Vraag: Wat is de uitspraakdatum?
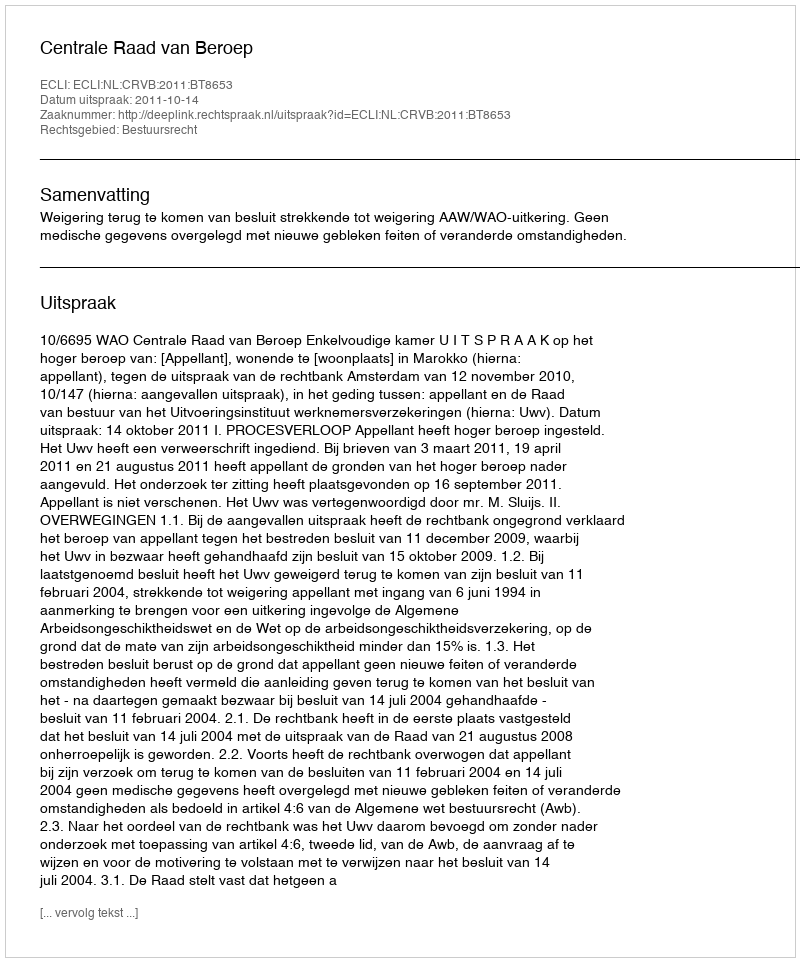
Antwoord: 2011-10-14